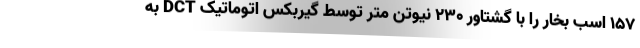
157 اسب بخار را با گشتاور 230 نیوتن متر توسط گیربکس اتوماتیک DCT به